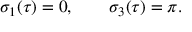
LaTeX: \sigma _ { 1 } ( \tau ) = 0 , \qquad \sigma _ { 3 } ( \tau ) = \pi .